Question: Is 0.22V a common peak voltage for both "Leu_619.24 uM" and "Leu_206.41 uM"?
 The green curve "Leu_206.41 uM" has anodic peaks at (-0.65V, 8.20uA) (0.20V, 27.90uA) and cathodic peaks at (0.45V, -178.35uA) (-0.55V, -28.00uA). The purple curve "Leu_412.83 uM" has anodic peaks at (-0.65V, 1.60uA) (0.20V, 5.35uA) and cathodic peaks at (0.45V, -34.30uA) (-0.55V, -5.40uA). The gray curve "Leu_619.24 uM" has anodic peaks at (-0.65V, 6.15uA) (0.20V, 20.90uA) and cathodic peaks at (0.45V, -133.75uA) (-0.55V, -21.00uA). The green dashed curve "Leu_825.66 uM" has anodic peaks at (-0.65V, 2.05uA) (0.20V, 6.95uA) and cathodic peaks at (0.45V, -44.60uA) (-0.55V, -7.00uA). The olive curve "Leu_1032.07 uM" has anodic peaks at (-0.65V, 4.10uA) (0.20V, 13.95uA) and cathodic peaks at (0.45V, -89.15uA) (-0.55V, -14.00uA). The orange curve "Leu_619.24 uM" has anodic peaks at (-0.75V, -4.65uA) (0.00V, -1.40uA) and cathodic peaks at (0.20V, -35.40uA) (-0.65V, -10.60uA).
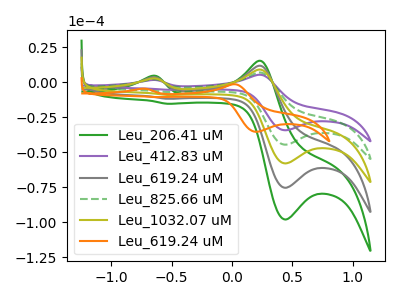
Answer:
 <answer>Yes, "Leu_619.24 uM" and "Leu_206.41 uM" share a peak at 0.22V.</answer>
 <eval>match</eval>